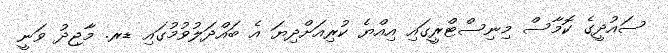
ސައުދީގެ ކޮމާސް މިނިސްޓްރީގައި އިއްޔެ ކުރިއަށްދިޔަ އެ ބައްދަލުވުމުގައި ޑރ. މާޖިދު ވަނީ